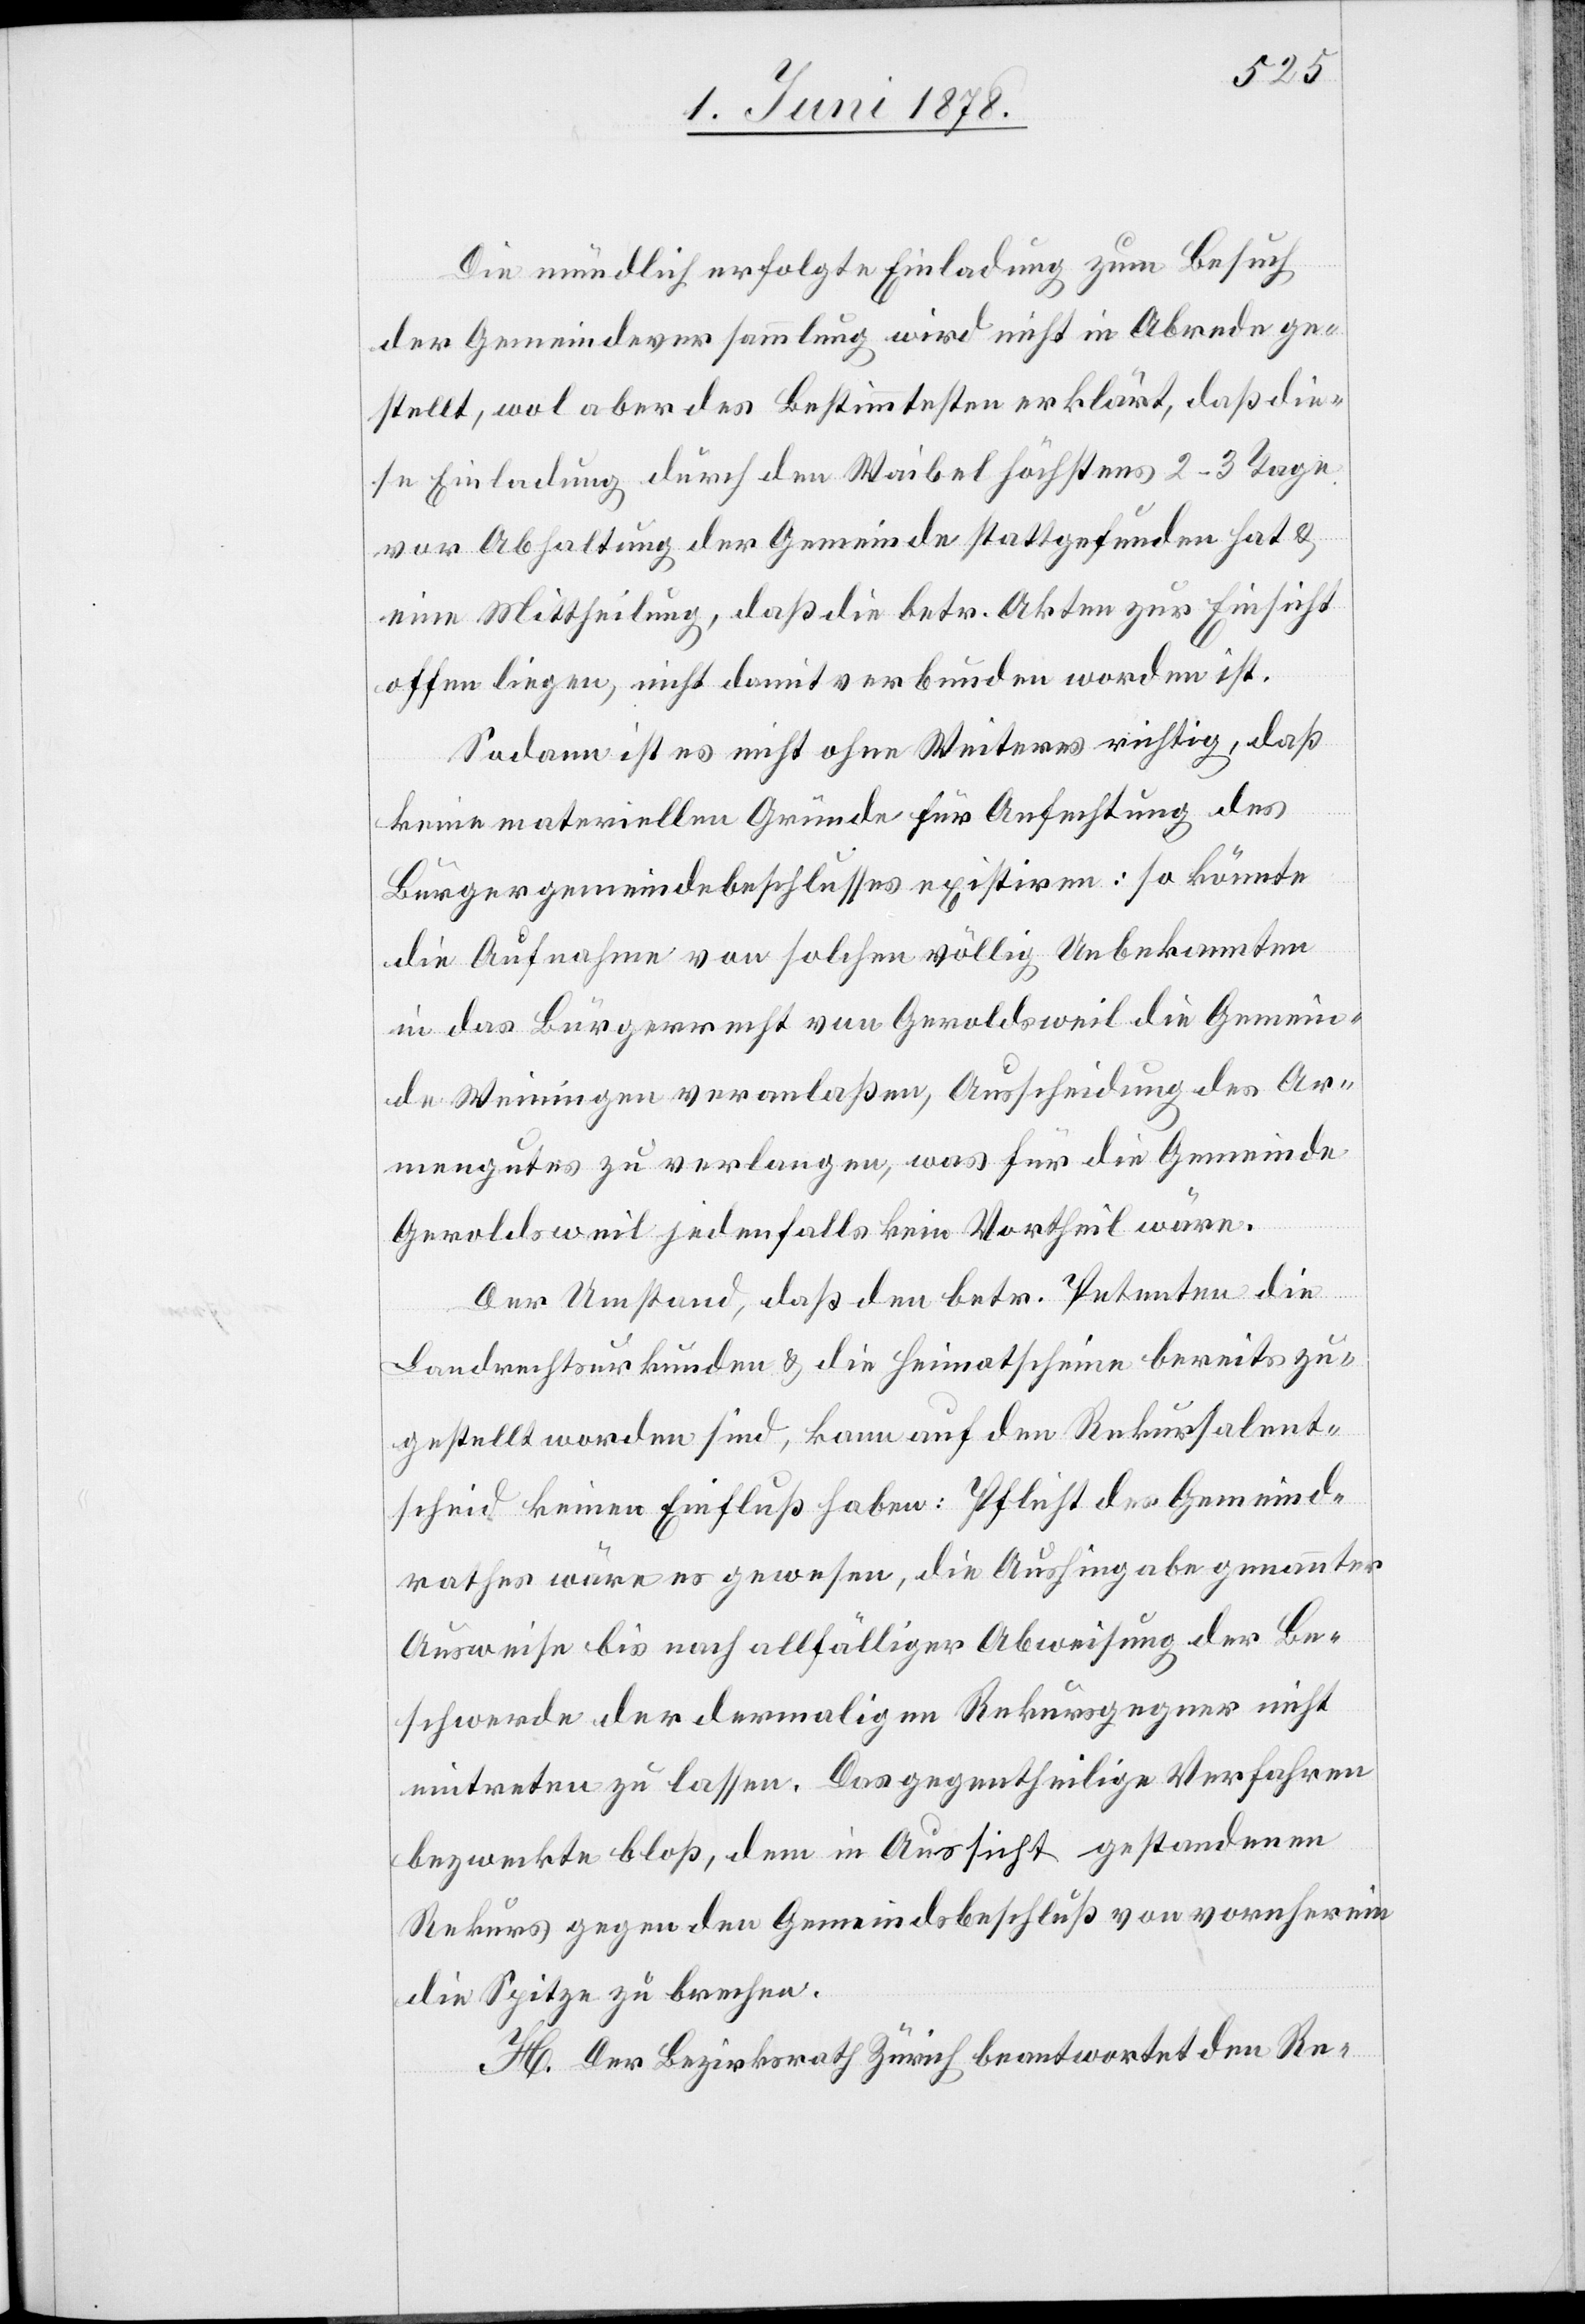
Die mündlich erfolgte Einladung zum Besuch
der Gemeindeversammlung wird nicht in Abrede ge¬
stellt, wol aber des Bestimmtesten erklärt, daß die¬
se Einladung durch den Waibel höchstens 2–3 Tage
vor Abhaltung der Gemeinde stattgefunden hat &
eine Mittheilung, daß die betr. Akten zur Einsicht
offen liegen, nicht damit verbunden worden ist.
Sodann ist es nicht ohne Weiteres richtig, daß
keine materiellen Gründe für Anfechtung des
Bürgergemeindebeschlusses existiren: so könnte
die Aufnahme von solchen völlig Unbekannten
in das Bürgerrecht von Geroldsweil die Gemein¬
de Weiningen veranlaßen, Ausscheidung des Ar¬
mengutes zu verlangen, was für die Gemeinde
Geroldsweil jedenfalls kein Vortheil wäre.
Der Umstand, daß den betr. Petenten die
Landrechtsurkunden & Heimatscheine bereits zu¬
gestellt worden sind, kann auf den Rekursalent¬
scheid keinen Einfluß haben: Pflicht des Gemeind¬
rathes wäre es gewesen, die Aushingabe genannter
Ausweise bis nach allfälliger Abweisung der Be¬
schwerde der dermaligen Rekursgegner nicht
eintreten zu lassen. Das gegentheilige Verfahren
bezweckte bloß, dem in Aussicht gestandenen
Rekurs gegen den Gemeindsbeschluß von vornherein
die Spitze zu brechen.
H. Der Bezirksrath Zürich beantwortet den Re-